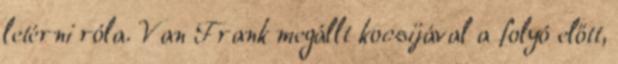
letérni róla. Van Frank megállt kocsijával a folyó előtt,